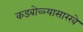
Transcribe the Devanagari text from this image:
कडबोळ्यासारखे